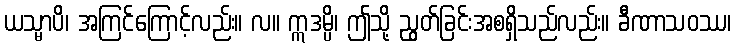
ယသ္မာပိ၊ အကြင်ကြောင့်လည်း။ လ။ ဣဒမ္ပိ၊ ဤသို့ ညွတ်ခြင်းအစရှိသည်လည်း။ ခီဏာသဝဿ၊